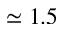
\simeq 1 . 5